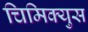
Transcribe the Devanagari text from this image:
चिमिक्युस